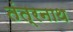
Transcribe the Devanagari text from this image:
तंत्रनाथ